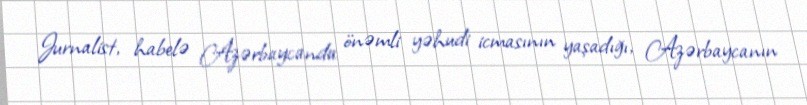
Jurnalist, habelə Azərbaycanda önəmli yəhudi icmasının yaşadığı, Azərbaycanın